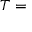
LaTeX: { \boldsymbol { T } } =